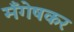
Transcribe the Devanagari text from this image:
मँगेषकर